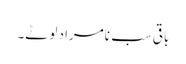
باقی سب نامراد لوٹے۔